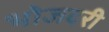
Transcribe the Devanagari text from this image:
भोजदरी